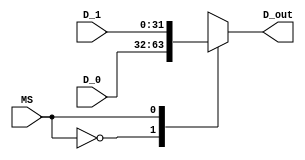
`timescale 1ns / 1ps
//////////////////////////////////////////////////////////////////////////////////
// Company: Tecnolgico de Costa Rica
// 
// Design Name: 
// Module Name: Mux_2x1
// Project Name: 
// Target Devices: 
// Tool versions: 
// Description:  
//					
//////////////////////////////////////////////////////////////////////////////////

module Mux_2x1 #(parameter P=32)( //MULTIPLEXOR 2X1  DE 32 BITS 

    //INPUTS
    input wire MS,          // SELECTOR
    input wire [P-1:0] D_0, //DATO DE EN LA ENTRADA 0
    input wire [P-1:0] D_1, //DATO DE EN LA ENTRADA 1
    
    //OUTPUTS
    output reg [P-1:0] D_out //SALIDA 
    );

    always @*
        begin
            case(MS)
                1'b0: D_out = D_0;
                1'b1: D_out = D_1;
                default : D_out = D_0;
            endcase
        end

endmodule